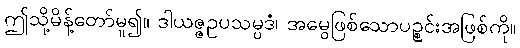
ဤသို့မိန့်တော်မူ၍။ ဒါယဇ္ဇဥပသမ္ပဒံ၊ အမွေဖြစ်သောပဉ္စင်းအဖြစ်ကို။